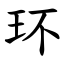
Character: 环